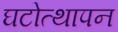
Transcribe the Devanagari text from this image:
घटोत्थापन